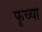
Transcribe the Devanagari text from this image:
फूच्या